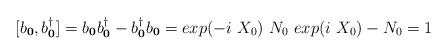
LaTeX: \begin{align*}[b_{ {\bf{0}} }, b^{\dagger}_{ {\bf{0}} }] =b_{ {\bf{0}} }b^{\dagger}_{ {\bf{0}} } - b^{\dagger}_{ {\bf{0}} }b_{ {\bf{0}} } = exp(-i\mbox{ }X_{0})\mbox{ }N_{0}\mbox{ }exp(i\mbox{ }X_{0}) - N_{0} = 1\end{align*}